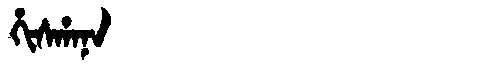
Manchu: ᡥᡳᠰᡥᠠᠨᠠ
Romanization: HISHANA